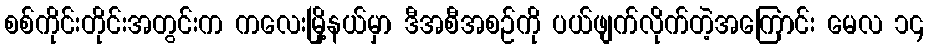
စစ်ကိုင်းတိုင်းအတွင်းက ကလေးမြို့နယ်မှာ ဒီအစီအစဉ်ကို ပယ်ဖျက်လိုက်တဲ့အကြောင်း မေလ ၁၄